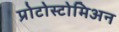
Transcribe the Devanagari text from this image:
प्रोटोस्टोमिअन